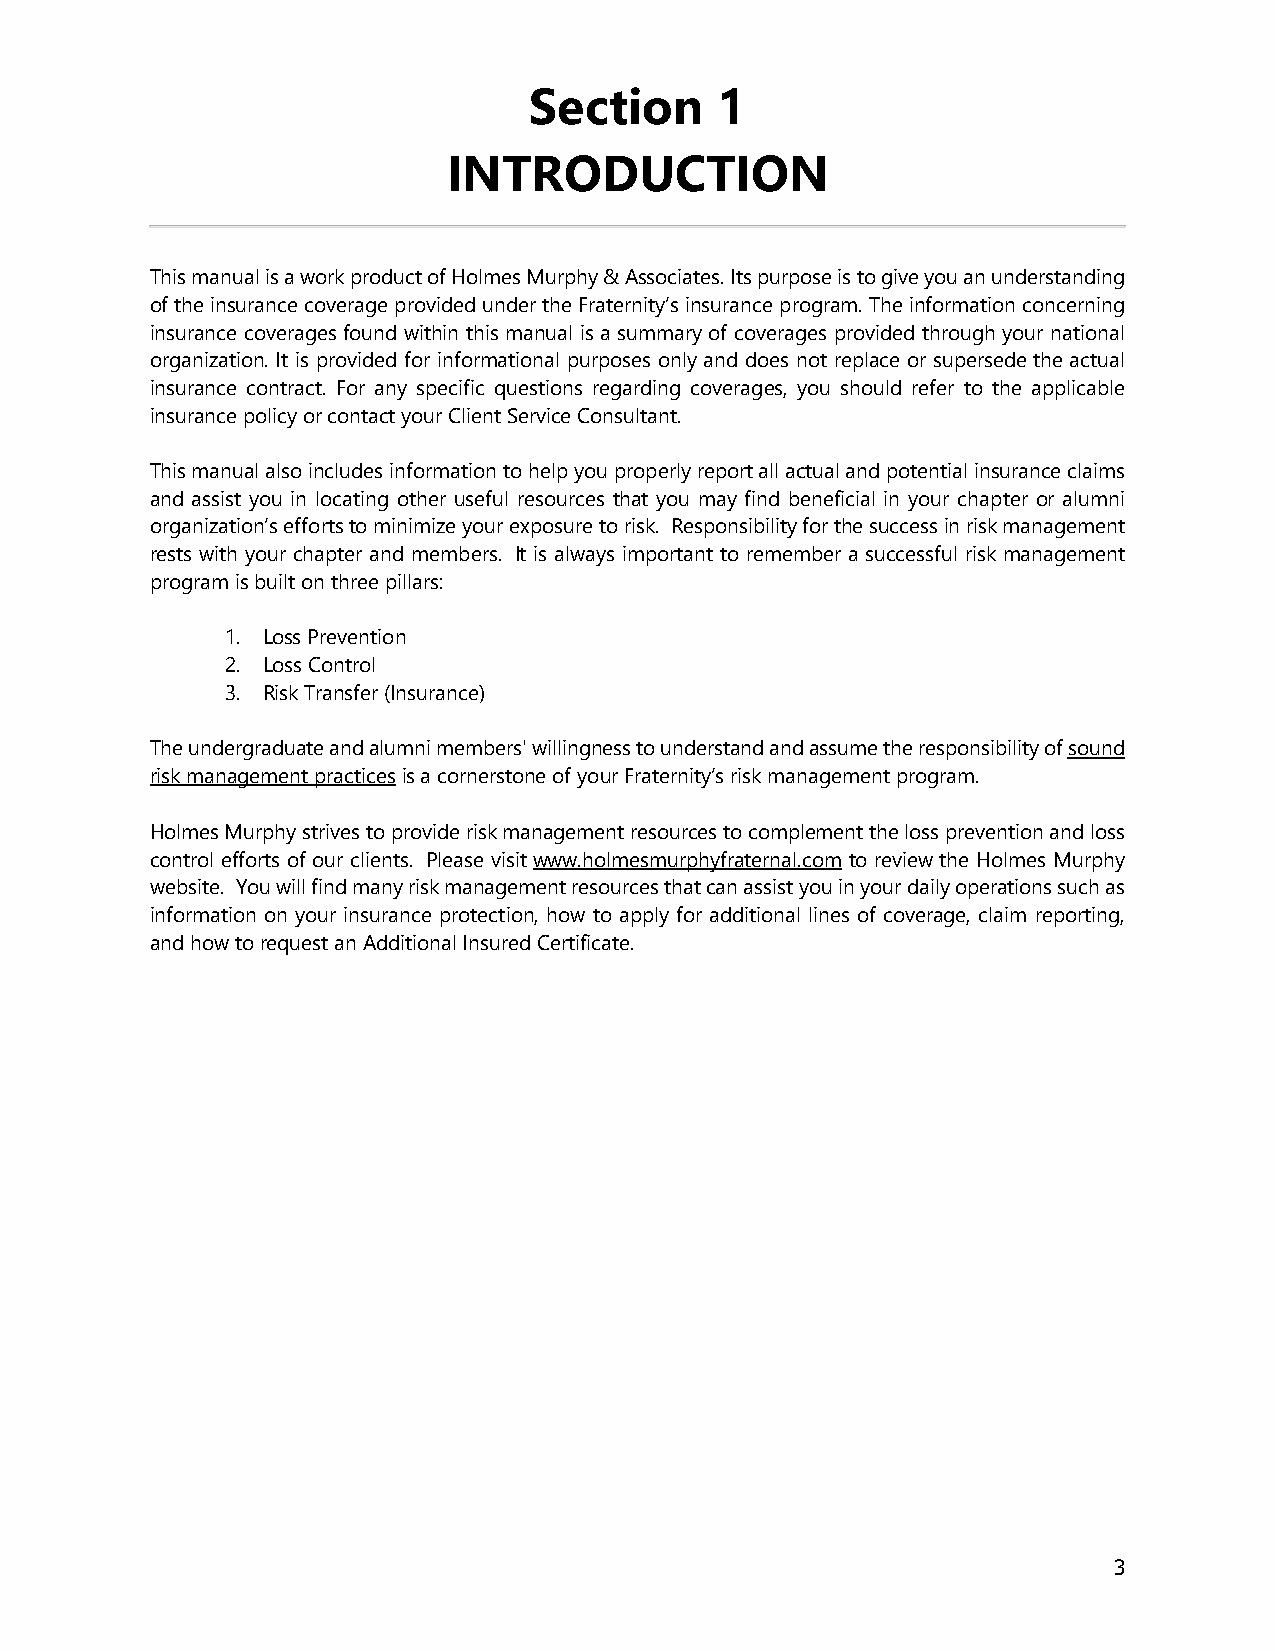
Section     1
 INTRODUCTION
 This manual is a work product of Holmes Murphy & Associates. Its purpose is to give you an understanding
 of the insurance coverage provided under the Fraternity’s insurance program. The information concerning
 insurance coverages found within this manual is a summary of coverages provided through your national
 organization. It is provided for informational purposes only and does not replace or supersede the actual
 insurance contract. For any specific questions regarding coverages, you should refer to the applicable
 insurance policy or contact your Client Service Consultant.
 This manual also includes information to help you properly report all actual and potential insurance claims
 and assist you in locating other useful resources that you may find beneficial in your chapter or alumni
 organization’s efforts to minimize your exposure to risk. Responsibility for the success in risk management
 rests with your chapter and members. It is always important to remember a successful risk management
 program is built on three pillars:
 1. Loss Prevention
 2. Loss Control
 3. Risk Transfer (Insurance)
 The undergraduate and alumni members' willingness to understand and assume the responsibility of sound
 risk management practices is a cornerstone of your Fraternity’s risk management program.
 Holmes Murphy strives to provide risk management resources to complement the loss prevention and loss
 control efforts of our clients. Please visit www.holmesmurphyfraternal.com to review the Holmes Murphy
 website. You will find many risk management resources that can assist you in your daily operations such as
 information on your insurance protection, how to apply for additional lines of coverage, claim reporting,
 and how to request an Additional Insured Certificate.
 3